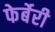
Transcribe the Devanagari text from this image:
फेर्बेरी